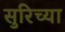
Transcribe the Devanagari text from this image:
सुरिच्या